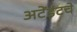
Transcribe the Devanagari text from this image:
अटेंडंटचे